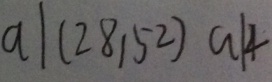
a \vert ( 2 8 , 5 2 ) a \vert 4